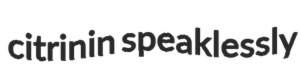
citrinin speaklessly